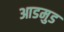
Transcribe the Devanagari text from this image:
आडमुड